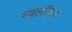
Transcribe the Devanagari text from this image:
स्क्लॉज़र